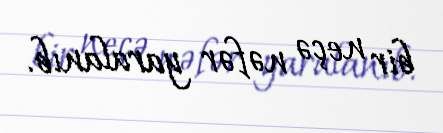
bir neçə nəfər yaralanıb.